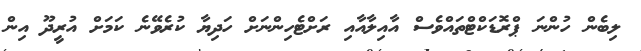
ލިބެން ހުންނަ ޕްރޮޑަކްޓްތައްވެސް އާއިލާއާއި ރަށްޓެހިންނަށް ހަދިޔާ ކުރެވޭނެ ކަމަށް އުރީދޫ އިން